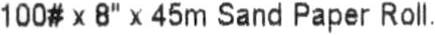
100# X 8" X 45M SAND PAPER ROLL.